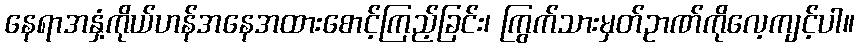
နေရာအနှံ့ကိုယ်ဟန်အနေအထားစောင့်ကြည့်ခြင်း၊ ကြွက်သားမှတ်ဥာဏ်ကိုလေ့ကျင့်ပါ။